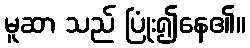
မူဆာ သည် ပြုံး၍နေ၏။